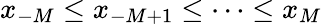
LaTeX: x_{-M}\leq x_{-M+1}\leq\cdots\leq x_{M}